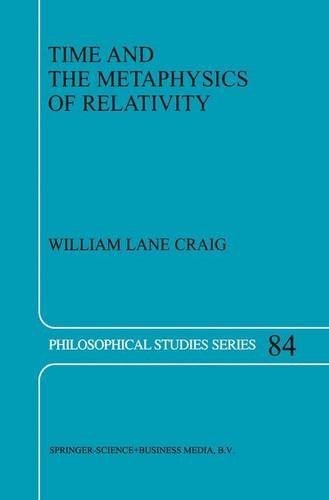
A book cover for Time and the Metaphysics of Relativity (Philosophical Studies Series); W.L. Craig; Science & Math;